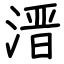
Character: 溍